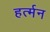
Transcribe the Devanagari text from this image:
हर्त्मन